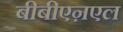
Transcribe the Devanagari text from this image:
बीबीएऩएल